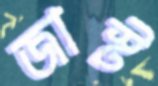
জাস্ট